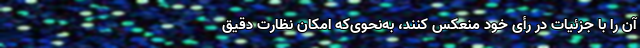
آن را با جزئیات در رأی خود منعکس کنند، به‌نحوی‌که امکان نظارت دقیق